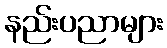
နည်းပညာများ